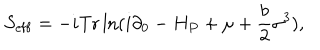
S _ { \mathrm { e f f } } = - i \mathrm { T r } \ln ( i \partial _ { 0 } - H _ { P } + \mu + \frac { b } { 2 } \sigma ^ { 3 } ) ,